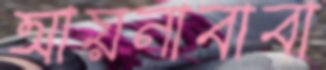
আয়নাবাবা